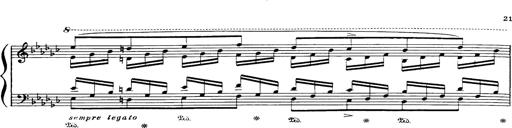
Title: Danza sacra e duetto finale dâ€™Aida
Composer: Franz Liszt